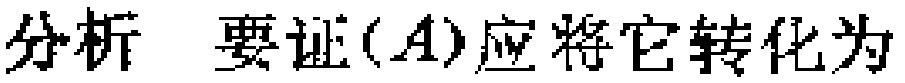
分析 要证$(A)$应将它转化为